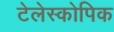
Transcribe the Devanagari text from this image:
टेलेस्कोपिक